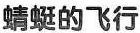
蜻蜓的飞行